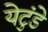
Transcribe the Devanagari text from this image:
येटुंडे